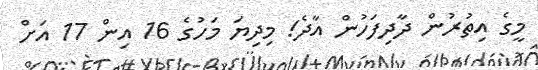
މީގެ އިތުރުން ދާދިފަހުން އާދެ! މިދިޔަ މަހުގެ 16 އިން 17 އަށް